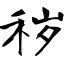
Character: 秽